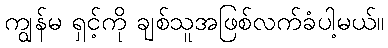
ကျွန်မ ရှင့်ကို ချစ်သူအဖြစ်လက်ခံပါ့မယ်။